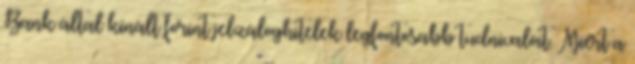
Bank által kínált forint jelzáloghitelek legfontosabb tudnivalóit. Miért a